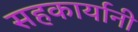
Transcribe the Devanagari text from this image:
सहकार्यानी